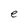
Character: e